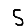
Digit: 5